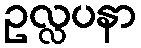
ဥလ္လပနာ